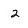
Character: 2